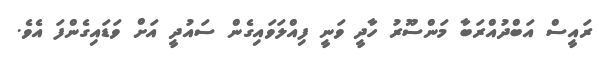
ރައީސް އަބްދުއްރަބާ މަންސޫރު ހާދީ ވަނީ ފިއްލަވައިގެން ސައުދީ އަށް ވަޑައިގެންފަ އެވެ.